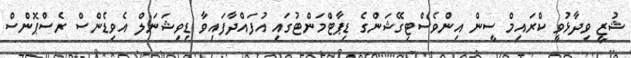
ޝުޒީ ވިދާޅުވީ ކްރައިމް ސީން އިންވެސްޓިގޭޝަންގެ ޑިޕާޓްމަންޓުގައި އުފައްދާފައިވާ ޑިވިޝަނަލް އެވިޑެންސް ރެސްޕޮންސް